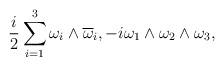
LaTeX: \begin{align*} \frac{i}{2}\sum_{i=1}^3 \omega_i\wedge \overline{\omega}_i, -i \omega_1 \wedge \omega_2\wedge \omega_3,\end{align*}